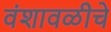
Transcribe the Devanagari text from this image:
वंशावळीचे